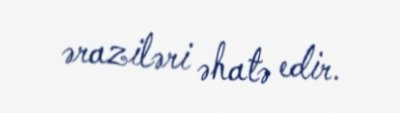
əraziləri əhatə edir.